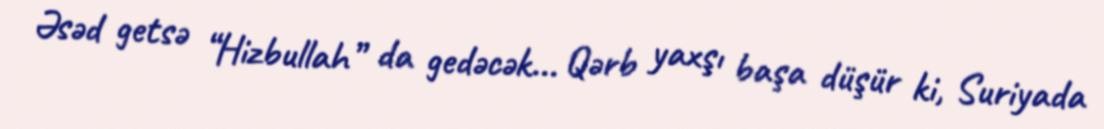
Əsəd getsə “Hizbullah” da gedəcək... Qərb yaxşı başa düşür ki, Suriyada